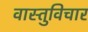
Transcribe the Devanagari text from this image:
वास्तुविचार